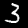
Digit: 3